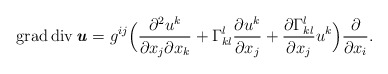
\begin{align*} \operatorname{grad}\operatorname{div} \textbf{\textit{u}} = g^{ij} \Bigl( \frac{\partial^2 u^k}{\partial x_j \partial x_k} + \Gamma^l_{kl}\frac{\partial u^k}{\partial x_j} + \frac{\partial \Gamma^l_{kl}}{\partial x_j} u^k \Bigr) \frac{\partial}{\partial x_i}.\end{align*}